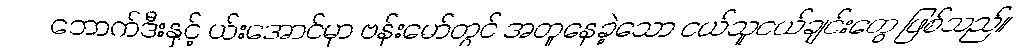
ဘောက်ဒီးနှင့် ယ်းအောင်မှာ ဗန်းမော်တွင် အတူနေခဲ့သော ငယ်သူငယ်ချင်းတွေ ဖြစ်သည်။